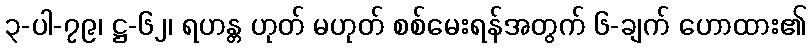
၃-ပါ-၇၉၊ ဋ္ဌ-၆၂၊ ရဟန္တ ဟုတ် မဟုတ် စစ်မေးရန်အတွက် ၆-ချက် ဟောထား၏